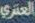
العتري